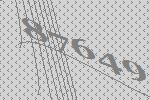
87649